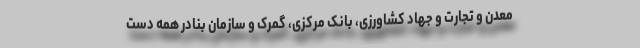
معدن و تجارت و جهاد کشاورزی، بانک مرکزی، گمرک و سازمان بنادر همه دست